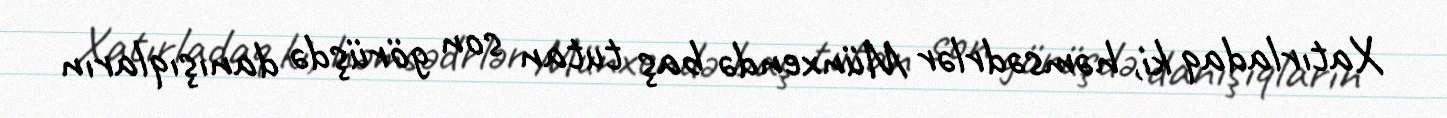
Xatırladaq ki, həmsədrlər Münxendə baş tutan son görüşdə danışıqların